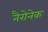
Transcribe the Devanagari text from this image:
नैरोनेक